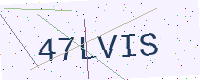
Text: 47LVIS